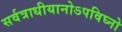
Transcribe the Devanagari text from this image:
सर्वत्राधीयानोऽपविघ्नो